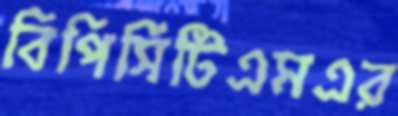
বিপিসিটিএমএর